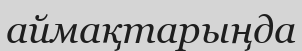
аймақтарыңда